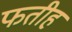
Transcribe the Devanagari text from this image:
फतीह